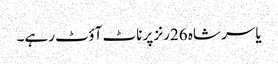
یاسر شاہ 26رنز پر ناٹ آؤٹ رہے۔